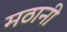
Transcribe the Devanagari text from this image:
मठानी